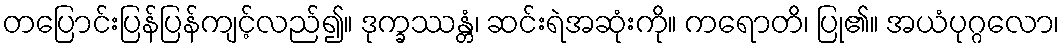
တပြောင်းပြန်ပြန်ကျင့်လည်၍။ ဒုက္ခဿန္တံ၊ ဆင်းရဲအဆုံးကို။ ကရောတိ၊ ပြု၏။ အယံပုဂ္ဂလော၊